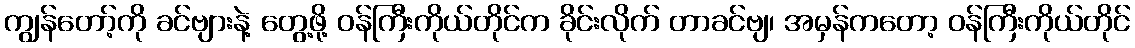
ကျွန်တော့်ကို ခင်ဗျားနဲ့ တွေ့ဖို့ ဝန်ကြီးကိုယ်တိုင်က ခိုင်းလိုက် တာခင်ဗျ၊ အမှန်ကတော့ ဝန်ကြီးကိုယ်တိုင်